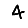
Digit: 4